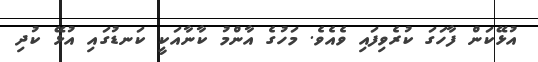
އުޅޭކަން ފާހަގަ ކުރެވިފައި ވެއެވެ. މަހުގެ އާންމު ކާނާއަކީ ކަނޑުގައި އުޅޭ ކުދި